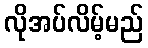
လိုအပ်လိမ့်မည်